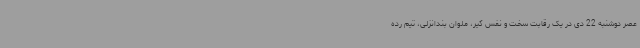
عصر دوشنبه 22 دی در یک رقابت سخت و نفس گیر، ملوان بندانزلی، تیم رده